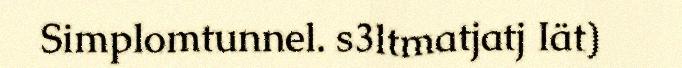
Simplomtunnel. s3ltmatjatj Iät)